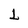
Character: L